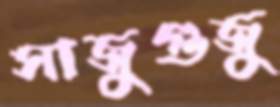
সাজুগুজু